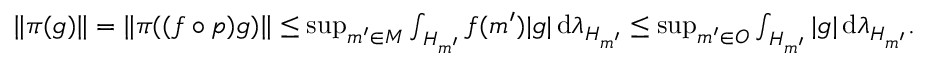
\begin{array} { r } { \| \pi ( g ) \| = \| \pi ( ( f \circ p ) g ) \| \leq \operatorname* { s u p } _ { m ^ { \prime } \in M } \int _ { H _ { m ^ { \prime } } } f ( m ^ { \prime } ) | g | \, \mathrm { d } \lambda _ { H _ { m ^ { \prime } } } \leq \operatorname* { s u p } _ { m ^ { \prime } \in O } \int _ { H _ { m ^ { \prime } } } | g | \, \mathrm { d } \lambda _ { H _ { m ^ { \prime } } } . } \end{array}